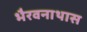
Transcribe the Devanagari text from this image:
भैरवनाथास